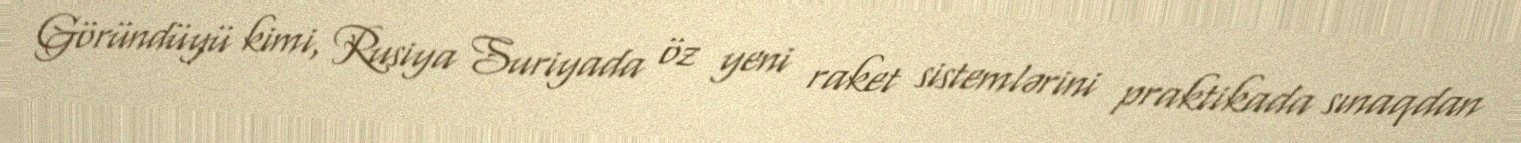
Göründüyü kimi, Rusiya Suriyada öz yeni raket sistemlərini praktikada sınaqdan